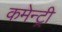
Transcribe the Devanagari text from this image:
कमेन्ट्री